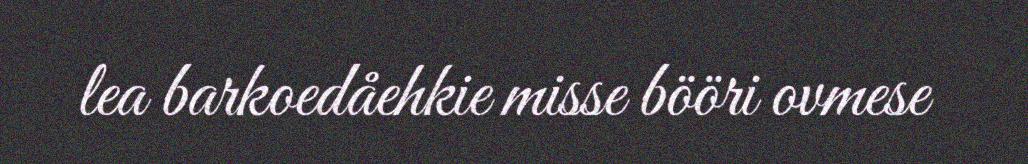
lea barkoedåehkie misse bööri ovmese